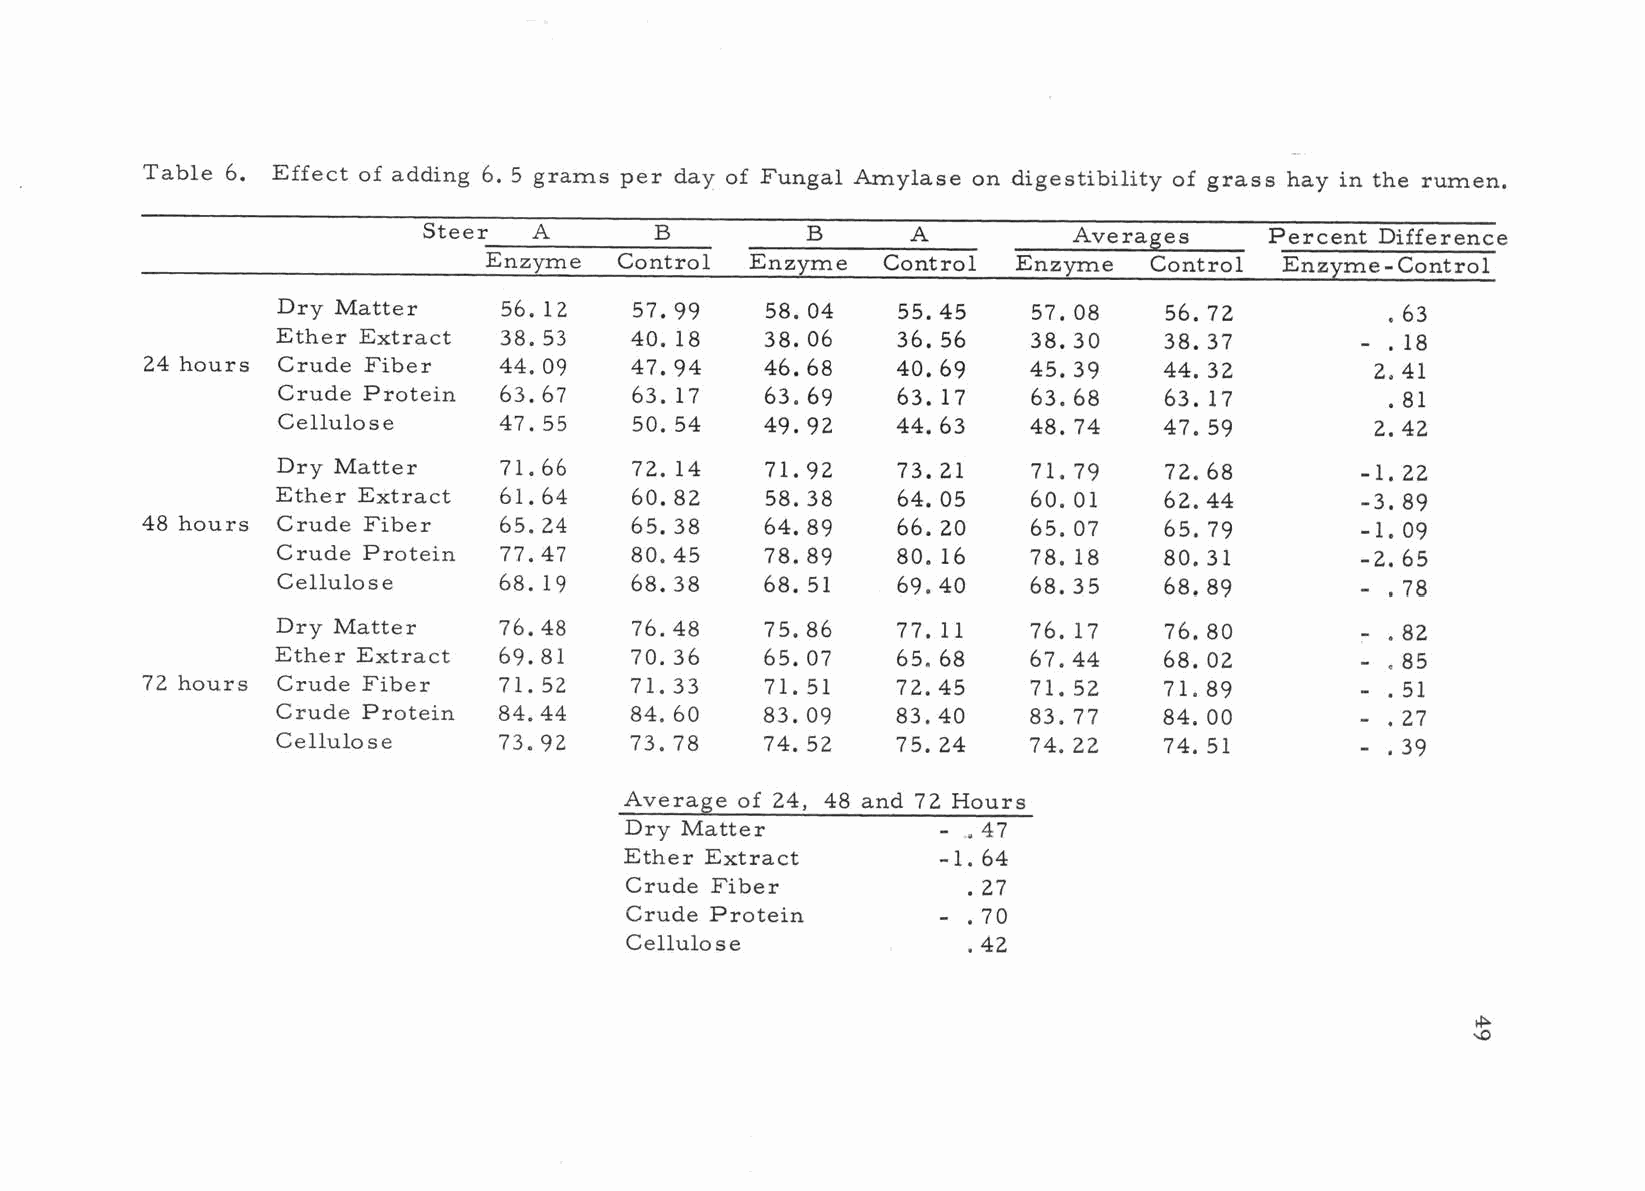
Table 6. Effect of adding 6. 5 grams per day of Fungal Amylase on digestibility of grass hay in the rumen.
 Steer  A       B         B      A          Averages     Percent Difference
 Enzyme   Control  Enzyme  Control  Enzyme   Control  Enzyme - Control
 Dry Matter     56.12    57.99    58.04   55.45    57.08    56.72           63
 Ether Extract  38. 53   40. 18   38. 06  36. 56   38.30    38.37        - . 18
 24 hours Crude Fiber   44. 09   47. 94   46.68   40. 69   45.39    44. 32        2. . 41
 Crude Protein  63.67    63. 17   63.69   63. 17   63.68    63. 17          81
 Cellulose      47.55    50.54    49.92   44.63    48.74    47.59         2. . 42
 Dry Matter     71.66    72.14    71.92   73.21    71.79    72.68        -1.22
 Ether Extract  61.64    60.82    58.38   64.05    60.01    62.44        -3.89
 48 hours Crude Fiber    65.24    65.38    64.89   66.20    65.07    65.79        -1.09
 Crude Protein  77.47    80.45    78.89   80.16    78. 18   80.31        -2.65
 Cellulose      68.19    68.38    68.51   69.40    68.35    68.89        - .78
 Dry Matter     76.48    76.48    75.86   77. 11   76. 17   76.80        - . 82
 Ether Extract  69.81    70.36    65.07   65.68    67.44    68.02           85
 72 hours Crude Fiber    71.52    71.33    71.51   72.45    71.52    71.89        - .
 51
 Crude Protein  84.44    84.60    83.09   83.40    83.77    84.00        - . 27
 Cellulose      73.92    73.78    74.52   75.24    74.22    74.51        -- . . 39
 Average of 24, 48 and 72 Hours
 Dry Matter           - . 47
 Ether Extract        -1.64
 Crude Fiber
 27
 .
 Crude Protein       -  70
 .
 Cellulose               42
 -    .